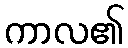
ကာလ၏